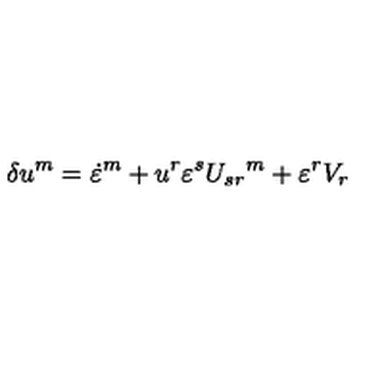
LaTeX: \delta u ^ { m } = \dot { \varepsilon } ^ { m } + u ^ { r } \varepsilon ^ { s } { U _ { s r } } ^ { m } + \varepsilon ^ { r } { V _ { r } }